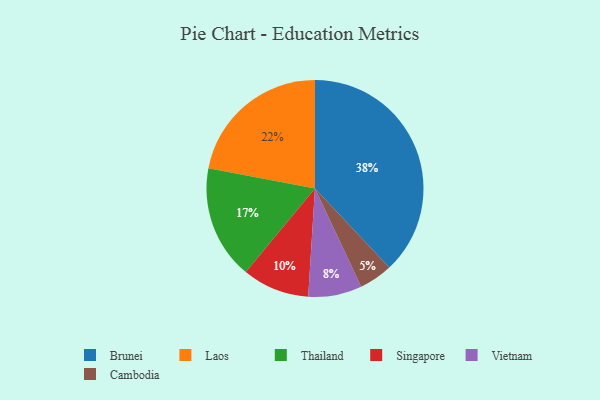
{"axis": {"x": "Category", "y": "Percentage"}, "legend": ["Brunei", "Cambodia", "Laos", "Singapore", "Thailand", "Vietnam"], "data": [{"x": "Vietnam", "y": 8, "type": "Vietnam"}, {"x": "Singapore", "y": 10, "type": "Singapore"}, {"x": "Thailand", "y": 17, "type": "Thailand"}, {"x": "Cambodia", "y": 5, "type": "Cambodia"}, {"x": "Brunei", "y": 38, "type": "Brunei"}, {"x": "Laos", "y": 22, "type": "Laos"}]}